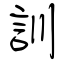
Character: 訓